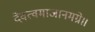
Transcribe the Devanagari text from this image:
देवत्वमाजानमग्रे॥